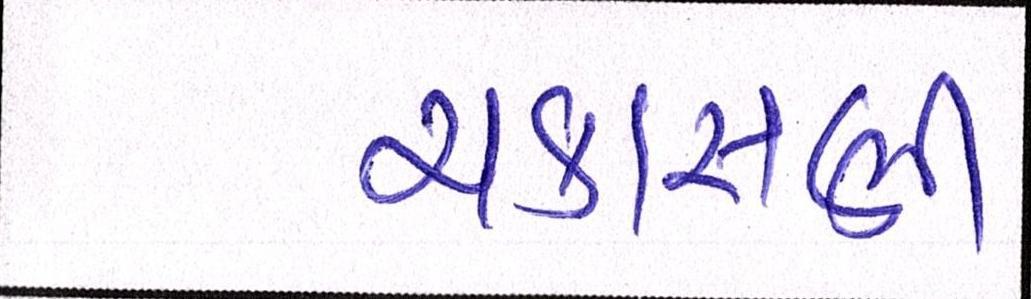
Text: ચકાસણી